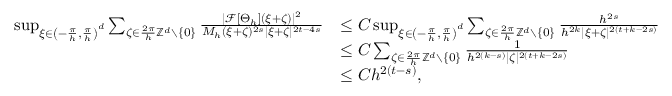
\begin{array} { r l } { \operatorname* { s u p } _ { \xi \in \left( - \frac { \pi } { h } , \frac { \pi } { h } \right) ^ { d } } \sum _ { \zeta \in \frac { 2 \pi } { h } \mathbb { Z } ^ { d } \setminus \{ 0 \} } \frac { | \mathcal { F } [ \Theta _ { h } ] ( \xi + \zeta ) | ^ { 2 } } { M _ { h } ( \xi + \zeta ) ^ { 2 s } | \xi + \zeta | ^ { 2 t - 4 s } } } & { \le C \operatorname* { s u p } _ { \xi \in \left( - \frac { \pi } { h } , \frac { \pi } { h } \right) ^ { d } } \sum _ { \zeta \in \frac { 2 \pi } { h } \mathbb { Z } ^ { d } \setminus \{ 0 \} } \frac { h ^ { 2 s } } { h ^ { 2 k } | \xi + \zeta | ^ { 2 ( t + k - 2 s ) } } } \\ & { \le C \sum _ { \zeta \in \frac { 2 \pi } { h } \mathbb { Z } ^ { d } \setminus \{ 0 \} } \frac { 1 } { h ^ { 2 ( k - s ) } | \zeta | ^ { 2 ( t + k - 2 s ) } } } \\ & { \le C h ^ { 2 ( t - s ) } , } \end{array}